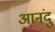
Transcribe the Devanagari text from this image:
आनंदु